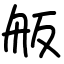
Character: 舨